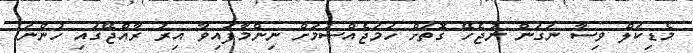
މެޑިކަލް ވިސާ ނަގަން ނުޖެހޭ ގޮތަށް ހަމަޖެއްސުމަށް ނިންމާފައިވާ އިރު ރާއްޖޭގައި ހުންނަ